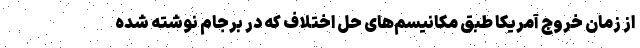
از زمان خروج آمریکا طبق مکانیسم‌های حل اختلاف که در برجام نوشته شده